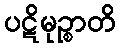
ပဋိမုဉ္စာတိ